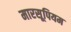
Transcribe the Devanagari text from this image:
मारसूपियम